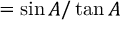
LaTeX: = { \sin A / \tan A }